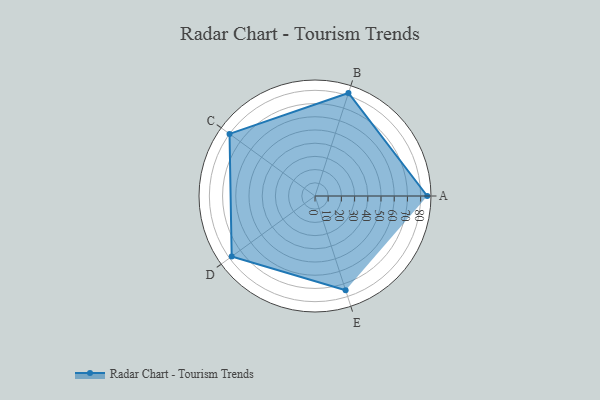
{"axis": {"x": "Skill", "y": "Score"}, "legend": ["Profile"], "data": [{"x": "A", "y": 85.0, "type": "Profile"}, {"x": "B", "y": 82.0, "type": "Profile"}, {"x": "C", "y": 80.0, "type": "Profile"}, {"x": "D", "y": 78.0, "type": "Profile"}, {"x": "E", "y": 75.0, "type": "Profile"}]}